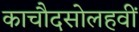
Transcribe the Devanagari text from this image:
काचौदसोलहवीं